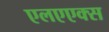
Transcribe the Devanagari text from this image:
एलएएक्स